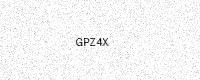
Text: GPZ4X